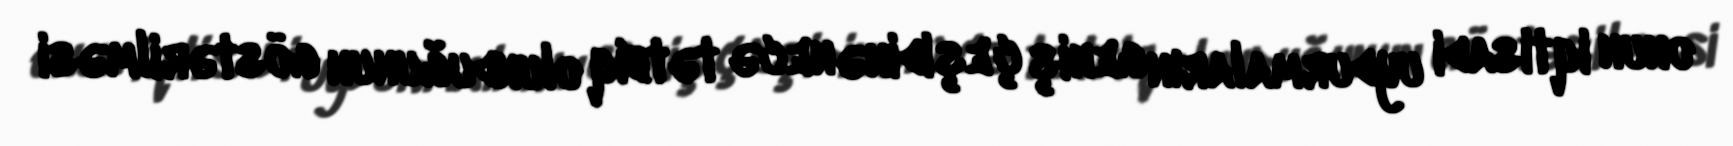
onun iqtisadi uydurmaların geniş çeşidinə necə tətbiq olunduğunun göstərilməsi